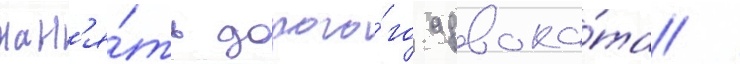
нан'я́ть дорого́го адвока́та /